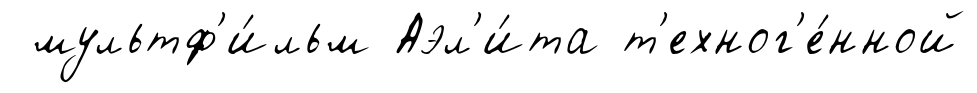
мультф'и́льм Аэл'и́та т'ехног'е́нной